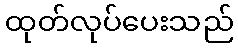
ထုတ်လုပ်ပေးသည်